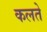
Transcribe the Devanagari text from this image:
कलते